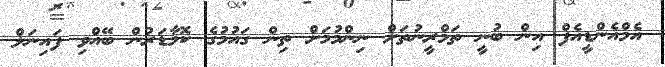
އެމްއެންޑީއެފް އިން ބުނީ ތަމްރީނުތަށް ނިންމުމަށް ތިން ގައުމުގެ ކޮމާޑަރުން ބޭއްވި ފައިނަލް